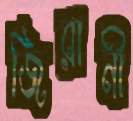
জিরানী